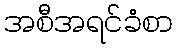
အစီအရင်ခံစာ